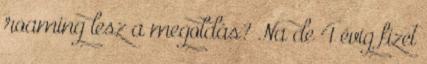
roaming lesz a megoldás? Na de 4 évig fizet